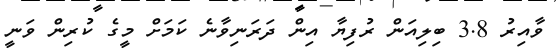
ވާއިރު 3.8 ބިލިއަން ރުފިޔާ އިން ދަރަނިވާނެ ކަމަށް މީގެ ކުރިން ވަނީ